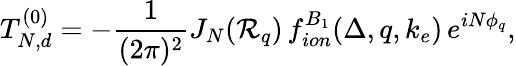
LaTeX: T_{N,d}^{(0)}=-\frac{1}{(2\pi)^{2}}J_{N}({\cal R}_{q})\, f_{ion}^{B_{1}}(\Delta,q,k_{e})\, e^{iN\phi_{q}},